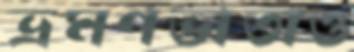
ভ্রমণভাতাও